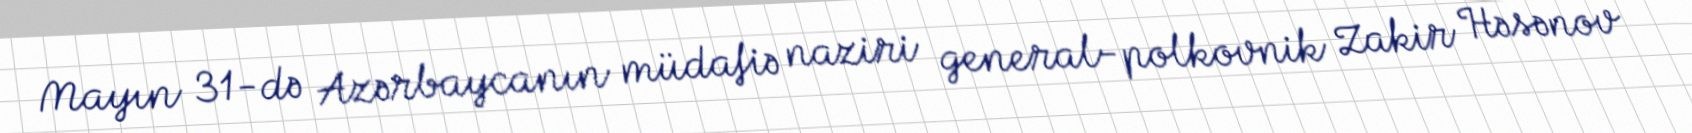
Mayın 31-də Azərbaycanın müdafiə naziri general-polkovnik Zakir Həsənov